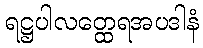
ရဋ္ဌပါလတ္ထေရအပဒါနံ